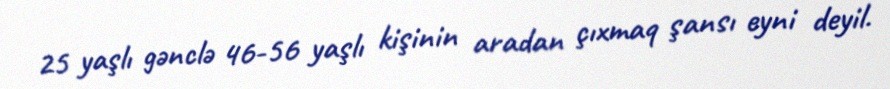
25 yaşlı gənclə 46-56 yaşlı kişinin aradan çıxmaq şansı eyni deyil.